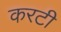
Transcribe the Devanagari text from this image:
करटी